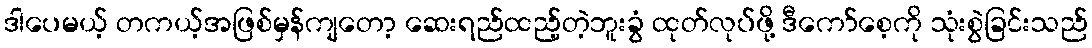
ဒါပေမယ့် တကယ့်အဖြစ်မှန်ကျတော့ ဆေးရည်ထည့်တဲ့ဘူးခွံ ထုတ်လုပ်ဖို့ ဒီကော်စေ့ကို သုံးစွဲခြင်းသည်